Vaccination Hyderabad 1872-1889 - 1872-1889
Year: 1872
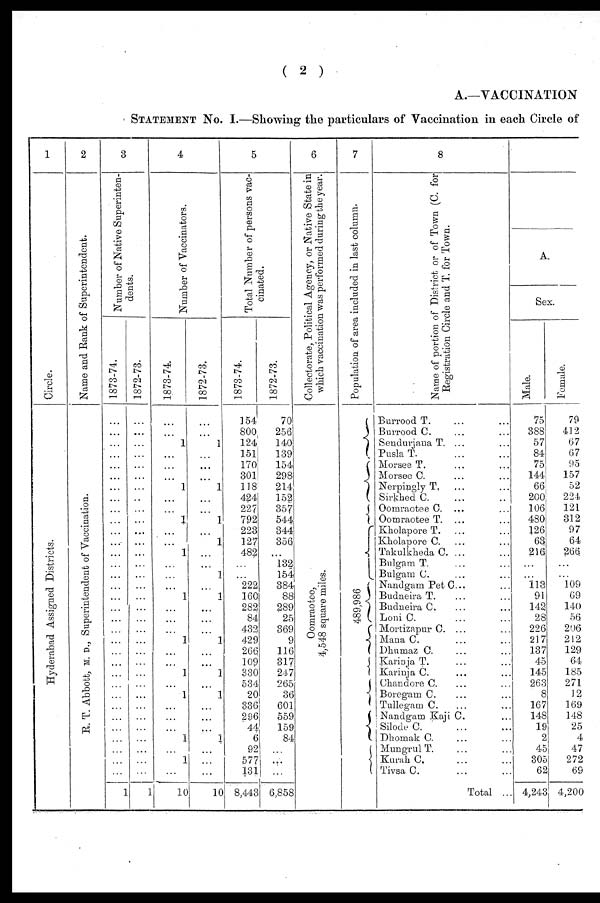
( 2 )
A.—VACCINATION
STATEMENT No. I.—Showing the particulars of Vaccination in each Circle of
1
Circle.
Hyderabad Assigned Districts.
2
Name and Rank of Superintendent.
R. T. Abbott, M. D., Superintendent of Vaccination.
3
Number of Native Superinten-
dents.
1873-74.
...
...
...
...
...
...
...
...
...
...
...
...
...
...
...
...
...
...
...
...
...
...
...
...
...
...
...
...
...
...
...
...
...
1
1872-73.
...
...
...
...
...
...
...
...
...
...
...
...
...
...
...
...
...
...
...
...
...
...
...
...
...
...
...
...
...
...
...
...
...
1
4
Number of Vaccinators.
1873-74
...
...
1
...
...
...
1
...
...
1
...
...
1
...
...
...
1
...
...
...
1
...
...
1
...
1
...
...
...
1
...
1
...
10
1872-73.
...
...
...
...
...
...
...
...
...
...
...
...
...
...
...
...
...
...
...
...
...
...
...
...
...
1
...
...
...
1
...
...
...
10
5
Total Number of persons vac-
cinated.
1873-74.
154
800
124
151
170
301
118
424
227
792
223
127
483
...
...
222
160
282
84
432
429
266
109
330
534
20
336
296
44
6
92
577
131
8,443
1872-73.
70
256
140
139
154
298
214
152
357
544
344
356
...
132
154
384
88
289
25
369
9
116
317
247
265
36
601
559
159
84
...
...
...
6,858
6
Collectorate, Political Agency, or Native State in
which vaccination was performed during the year.
Oomraotee,
4,548 square miles.
7
Population of area included in last column.
489,986
8
Name of portion of District or of Town (C. for
Registration Circle and T. for Town.
Burrood T. ... ...
Burrood C. ... ...
Sendurjana T. ... ...
PuslaT. ... ...
Morsee T. ... ...
Morsee C. ... ...
Nerpingly T. ... ...
Sirkhed C. ... ...
Oomraotee C. ... ...
Oomraotee T. ... ...
Kholapore T. ... ...
Kholapore C. ... ...
Takulkheda C. ... ...
Bulgam T. ... ...
Bulgam C. ... ...
Nandgam Pet C... ...
Budneira T. ... ...
Budneira C. ... ...
Loni C. ... ...
Mortizapur C. ... ...
Mana C. ... ...
Dhumaz C. ... ...
Karinja T. ... ...
Karinja C. ... ...
Chandore C. ... ...
Boregam C. ... ...
Tullegam C. ... ...
Nandgam Kaji C. ...
Silode
C.
...
...
Dhomak C. ... ...
Mungrul T. ... ...
Kurah C. ... ...
Tivsa C. ... ...
Total ...
A.
Sex.
Male.
75
388
57
84
75
144
66
200
106
480
126
63
216
...
...
113
91
142
28
226
217
137
45
145
263
8
167
148
19
2
45
305
62
4,243
Female.
79
412
67
67
95
157
52
224
121
312
97
64
266
...
...
109
69
140
56
206
212
129
64
185
271
12
169
148
25
4
47
272
69
4,200